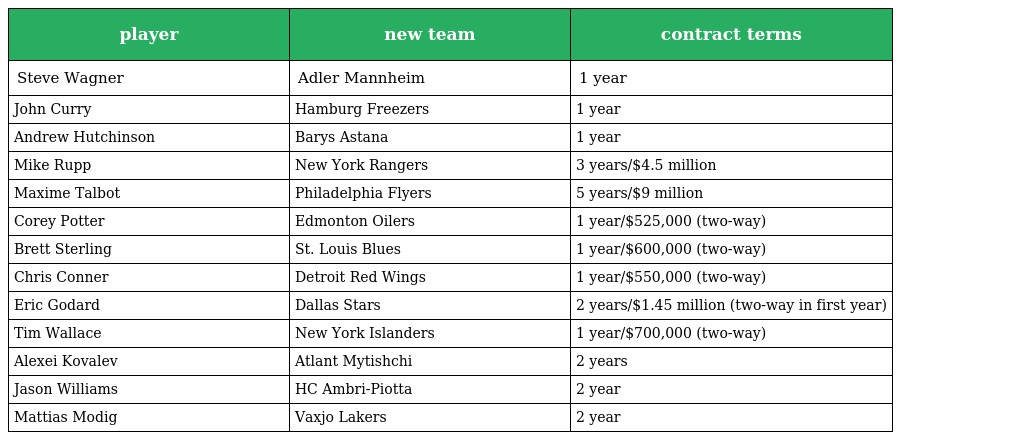
| player | new team | contract terms |
 | --- | --- | --- |
 | Steve Wagner | Adler Mannheim | 1 year |
 | John Curry | Hamburg Freezers | 1 year |
 | Andrew Hutchinson | Barys Astana | 1 year |
 | Mike Rupp | New York Rangers | 3 years/$4.5 million |
 | Maxime Talbot | Philadelphia Flyers | 5 years/$9 million |
 | Corey Potter | Edmonton Oilers | 1 year/$525,000 (two-way) |
 | Brett Sterling | St. Louis Blues | 1 year/$600,000 (two-way) |
 | Chris Conner | Detroit Red Wings | 1 year/$550,000 (two-way) |
 | Eric Godard | Dallas Stars | 2 years/$1.45 million (two-way in first year) |
 | Tim Wallace | New York Islanders | 1 year/$700,000 (two-way) |
 | Alexei Kovalev | Atlant Mytishchi | 2 years |
 | Jason Williams | HC Ambri-Piotta | 2 year |
 | Mattias Modig | Vaxjo Lakers | 2 year |